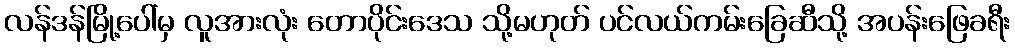
လန်ဒန်မြို့ပေါ်မှ လူအားလုံး တောပိုင်းဒေသ သို့မဟုတ် ပင်လယ်ကမ်းခြေဆီသို့ အပန်းဖြေခရီး